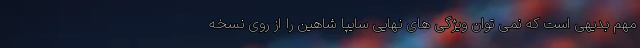
مهم بدیهی است که نمی توان ویژگی های نهایی سایپا شاهین را از روی نسخه